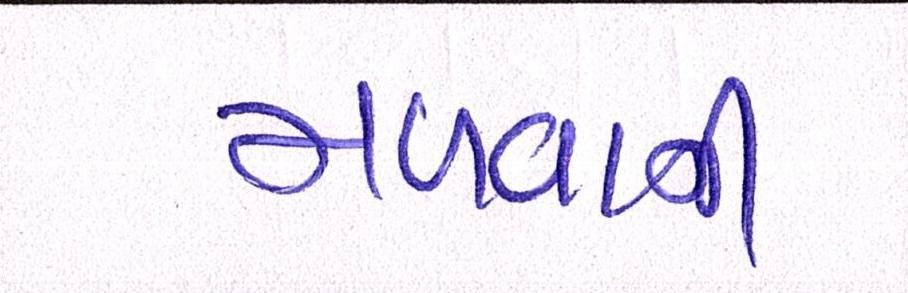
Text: મળવાની